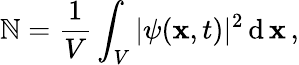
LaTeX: \mathbb{N}=\frac{{1}}{{V}}\int_{V}|\psi(\mathbf{{x}},t)|^{2}\, \mathrm{{d}}\, \mathbf{{x}}\, ,